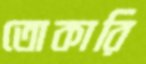
তোকারি